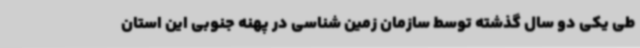
طی یکی دو سال گذشته توسط سازمان زمین شناسی در پهنه جنوبی این استان